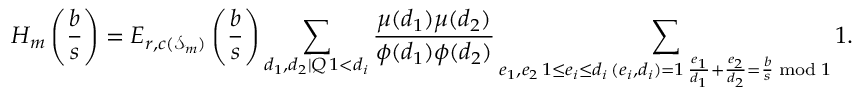
H _ { m } \left( \frac b s \right) = E _ { r , c ( \mathcal S _ { m } ) } \left( \frac b s \right) \sum _ { \substack { d _ { 1 } , d _ { 2 } | Q \, 1 < d _ { i } } } \frac { \mu ( d _ { 1 } ) \mu ( d _ { 2 } ) } { \phi ( d _ { 1 } ) \phi ( d _ { 2 } ) } \sum _ { \substack { e _ { 1 } , e _ { 2 } \, 1 \le e _ { i } \le d _ { i } \, ( e _ { i } , d _ { i } ) = 1 \, \frac { e _ { 1 } } { d _ { 1 } } + \frac { e _ { 2 } } { d _ { 2 } } = \frac b s \bmod 1 } } 1 .